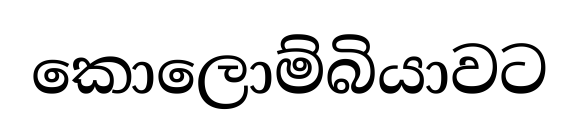
කොලොම්බියාවට